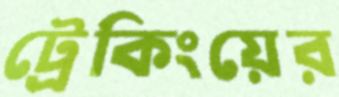
ট্রেকিংয়ের